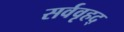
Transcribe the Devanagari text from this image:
सर्ववृहद्